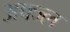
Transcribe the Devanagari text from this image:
अफ्ज्ल